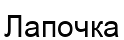
Лапочка